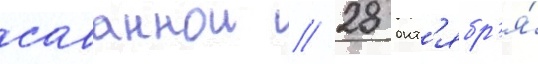
саваннои // 28 окт'ябр'я́